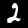
Label: 2